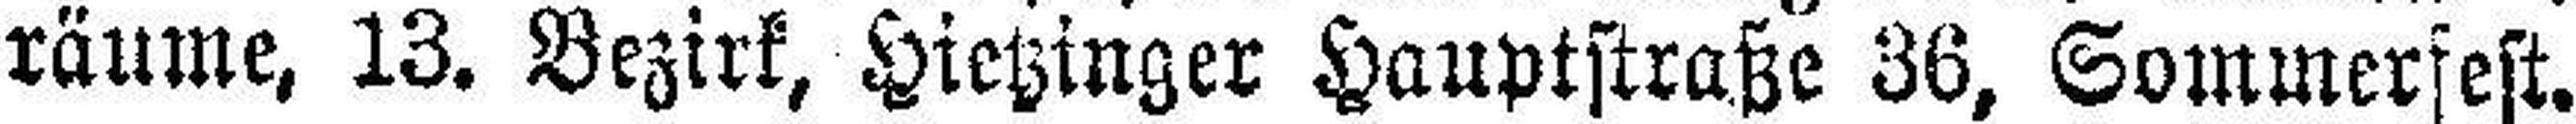
räume, 13. Bezirk, Hietzinger Hauptstraße 36, Sommersest.